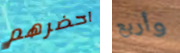
احضرهم وأربع